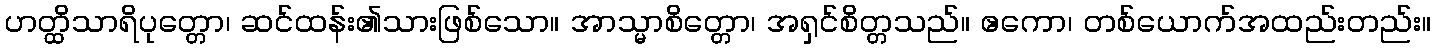
ဟတ္ထိသာရိပုတ္တော၊ ဆင်ထန်း၏သားဖြစ်သော။ အာသ္မာစိတ္တော၊ အရှင်စိတ္တသည်။ ဧကော၊ တစ်ယောက်အထည်းတည်း။